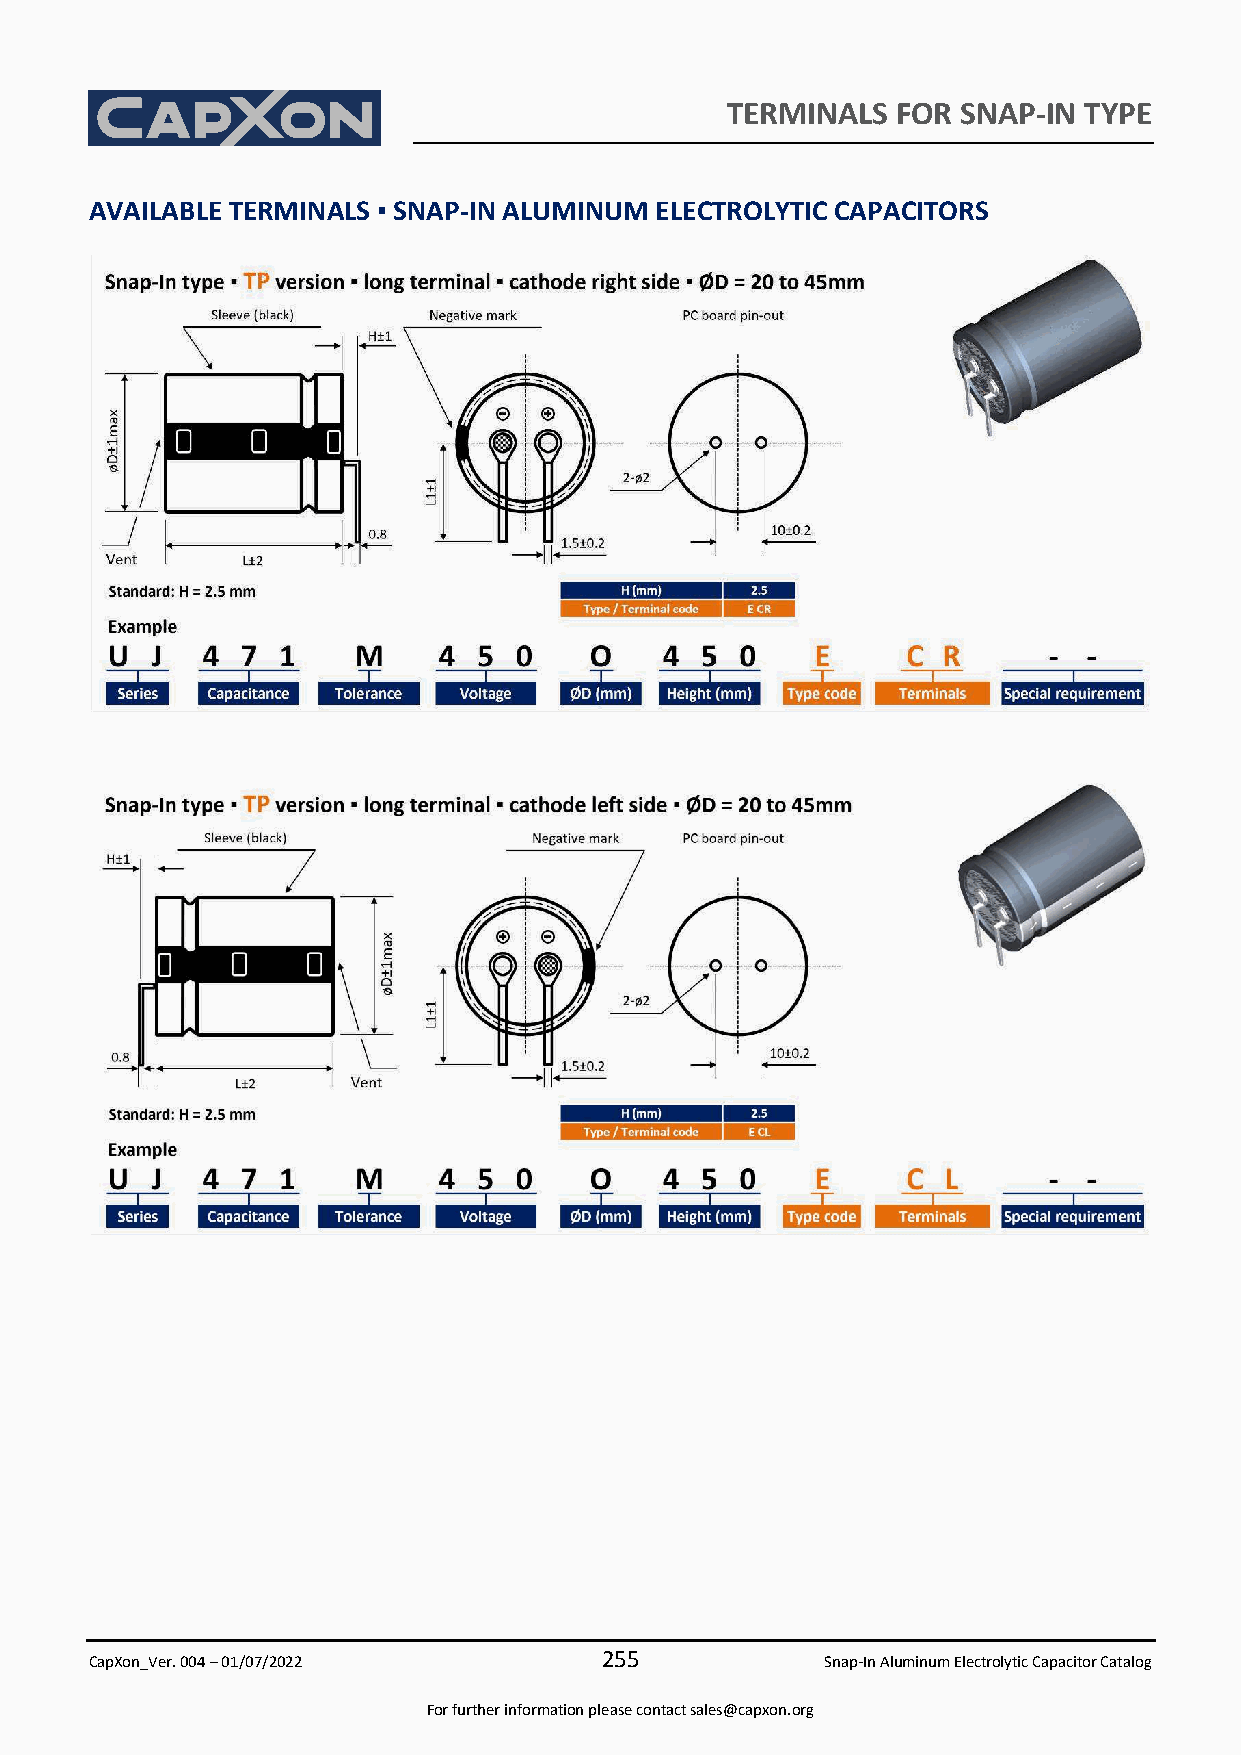
TERMINALS  FOR  SNAP-IN TYPE
 AVAILABLE TERMINALS ▪ SNAP-IN ALUMINUM ELECTROLYTIC CAPACITORS
 255
 CapXon_Ver. 004 – 01/07/2022                     Snap-In Aluminum Electrolytic Capacitor Catalog
 For further information please contact sales@capxon.org